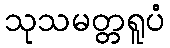
သုသမတ္တရူပံ